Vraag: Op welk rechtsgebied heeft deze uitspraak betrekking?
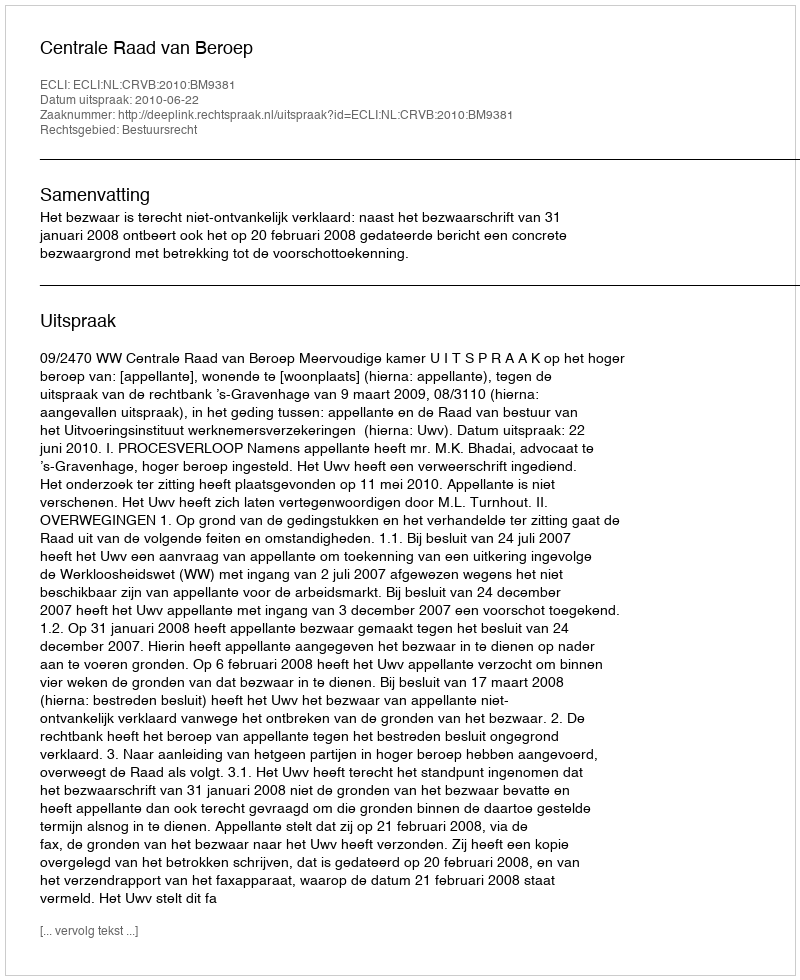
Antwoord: Bestuursrecht